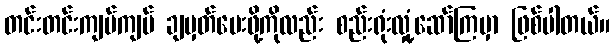
တင်းတင်းကျပ်ကျပ် ချမှတ်ပေးဖို့ကိုလည်း စည်းရုံးလှုံ့ဆော်ကြမှာ ဖြစ်ပါတယ်။